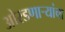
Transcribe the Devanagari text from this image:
ओरडणार्‍यांचा